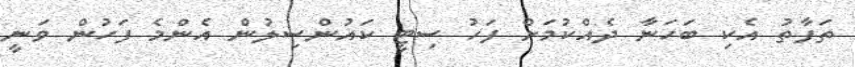
ތަފާތު އެކި ބަހަނާ ދެއްކުމަށް ފަހު ސިޓީ ކައުންސިލުން އެންމެ ފަހުން ވަނީ